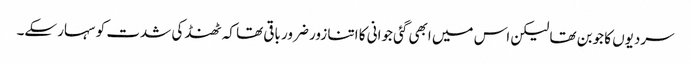
سردیوں کا جوبن تھا لیکن اس میں ابھی گئی جوانی کا اتنا زور ضرور باقی تھا کہ ٹھنڈ کی شدت کو سہار سکے۔